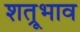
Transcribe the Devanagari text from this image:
शत्रूभाव